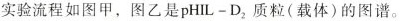
实验流程如图甲，图乙是$$pHIL-D_{2}$$质粒(载体)的图谱。